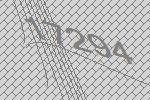
17294